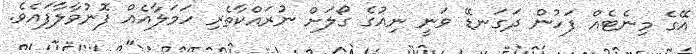
އޭގެ މިނެޓެއް ފަހުން ދަގަނޑޭ ވަނީ ނިއުގެ ގޯލަށް ނުރައްކާތެރި ހަމަލާއެއް ފޮނުވާލާފައެވެ.